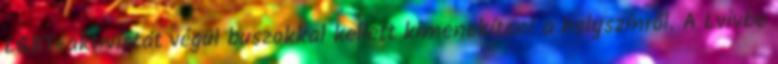
LGBT-aktivistát végül buszokkal kellett kimenekíteni a helyszínről. A Lvivbe